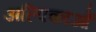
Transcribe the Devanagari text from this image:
अल्पिकाओं